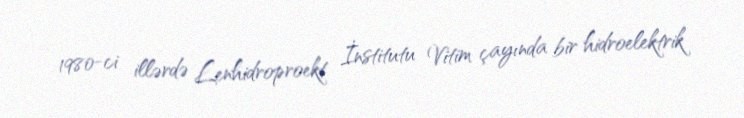
1980-ci illərdə Lenhidroproekt İnstitutu Vitim çayında bir hidroelektrik